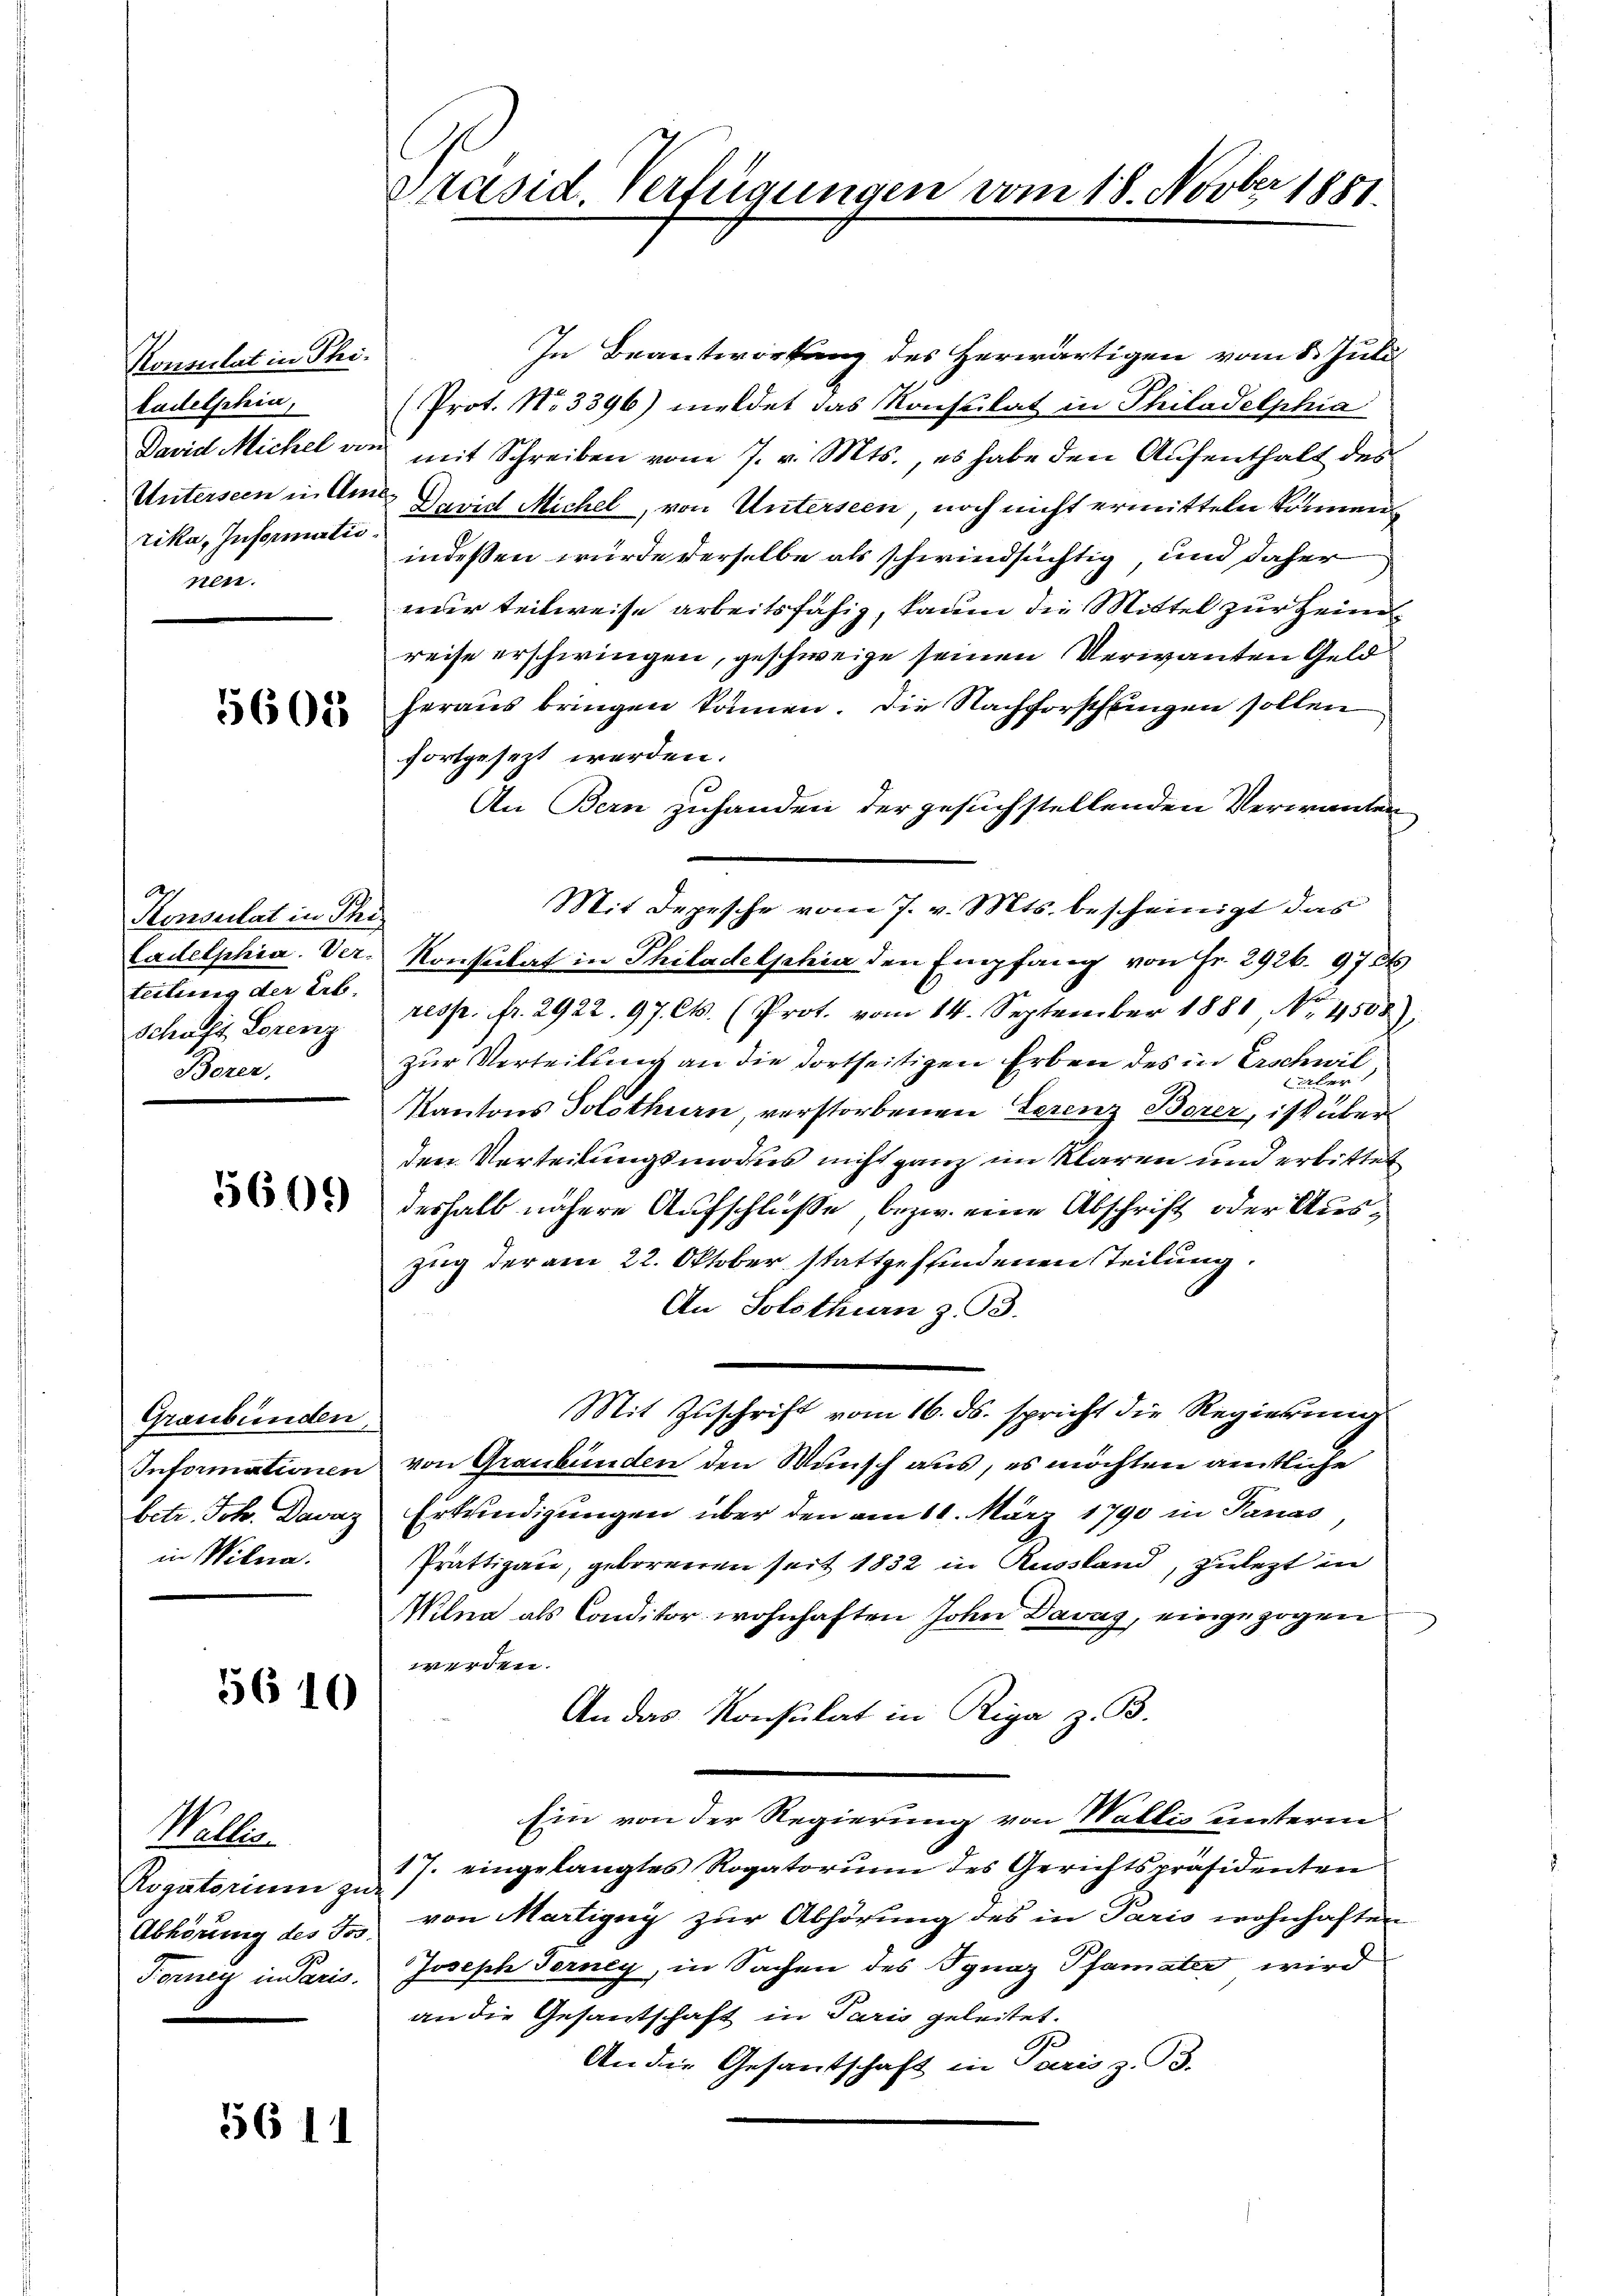
Konsulat in Phitadelphin,
rika, Informatio
pen.

5603

Konsulat in Thi
teilung der Leb
Schaft Lorenz
Borer,

Graubünden,
in Wilna.

5610

Wallis
Abhörung des Jos.

5611

Präsid. Verfügungen vom 18. Novber 1851.

In Beantwortung des Herwärtigen vom 8. Juli
(Prot. No. 3396) meldet das Konsulat in Philadelphia
David Michel von mit Schreiben vom 7. v. Mts., es habe den Aufenthalt des
Unterseen in Amte David Michel, von Unterseen, noch nicht ermitteln können.
indessen wurde derselbe als schwindsüchtig, und daher
nur teilweise arbeitsfähig, kaum die Mittel zur Heimreise erschwingen, geschweige seinen Verwandten Geldheraus bringen können. Die Nachforschungen sollen
fortgesezt werden.
An Bern zuhanden der gesuchstellenden Verwanden
Mit Depesche vom 7. v. Mts. bescheinigt das
Cadelphia. Ver- Konsulat in Philadelphia den Empfang von Fr. 2926. 97 dt
resp. fr. 2922. 97. Ct. (Prot. vom 14. September 1881 No. 4508):
zur Verteilung an die dortseitigen Erben des in Erschwiltater
Kantons Solothurn, verstorbenen Ferenz Borer, ist über
den Verteilungsmodus nicht ganz im klaren und erbittet
 deshalb nähere Aufschluße, bezw. eine Abschrift oder Auszug der am 22. Oktober stattgefundenen Teilung.
An Solothurn z. B.
Mit Zuschrift vom 16. ds. spricht die Regierung
Informationen von Graubünden den Wunsch aus, es möchten amtliche
betr. Joh. Davaz Erkundigungen über den am 11. März 1790 in Panas
Prättigau, geborenen seit 1832 in Ausstand, zulezt in
Wilna als Conditor wohnhaften John Davag, eingezogen
werden.
An das Konsulat in Riga z. B.
Ein von der Regierung von Wallis unterm
Rogatorium zu 27. eingelangtes Rogatorum des Gerichtspräsidenten
von Martigny zur Abhörung des in Paris wohnhaften
Forney in Paris. Joseph Ferney, in Sachen des Ignaz Pfamater wird
an die Gesantschaft in Paris geleitet.
An die Gesandtschaft in Paris z. B.